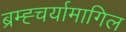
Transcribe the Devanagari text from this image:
ब्रम्ह्चर्यामागिल